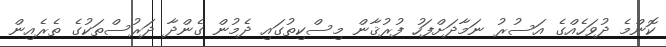
ކޮންމެ ދުވަހެއްގެ އަސުރު ނަމާދަށްފަހު ފުރުޤާން މިސްކިތުގައި ދެމުން ގެންދާ ދަރުސްތަކުގެ ތެރެއިން